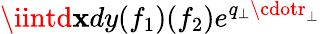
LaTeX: \iintd\mathbf{x}dy(f_{1})(f_{2})e^{q_{\perp}\cdotr_{\perp}}